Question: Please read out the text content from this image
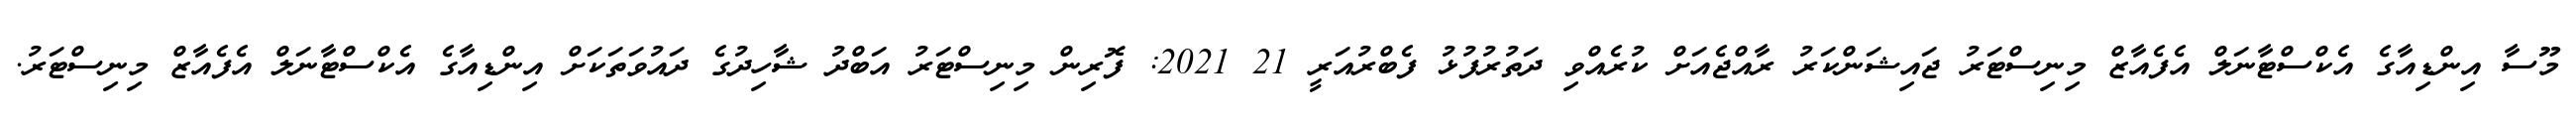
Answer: މޫސާ އިންޑިއާގެ އެކްސްޓާނަލް އެފެއާޒް މިނިސްޓަރު ޖައިޝަންކަރު ރާއްޖެއަށް ކުރެއްވި ދަތުރުފުޅު ފެބްރުއަރީ 21 2021: ފޮރިން މިނިސްޓަރު އަބްދު ޝާހިދުގެ ދައުވަތަކަށް އިންޑިއާގެ އެކްސްޓާނަލް އެފެއާޒް މިނިސްޓަރު.